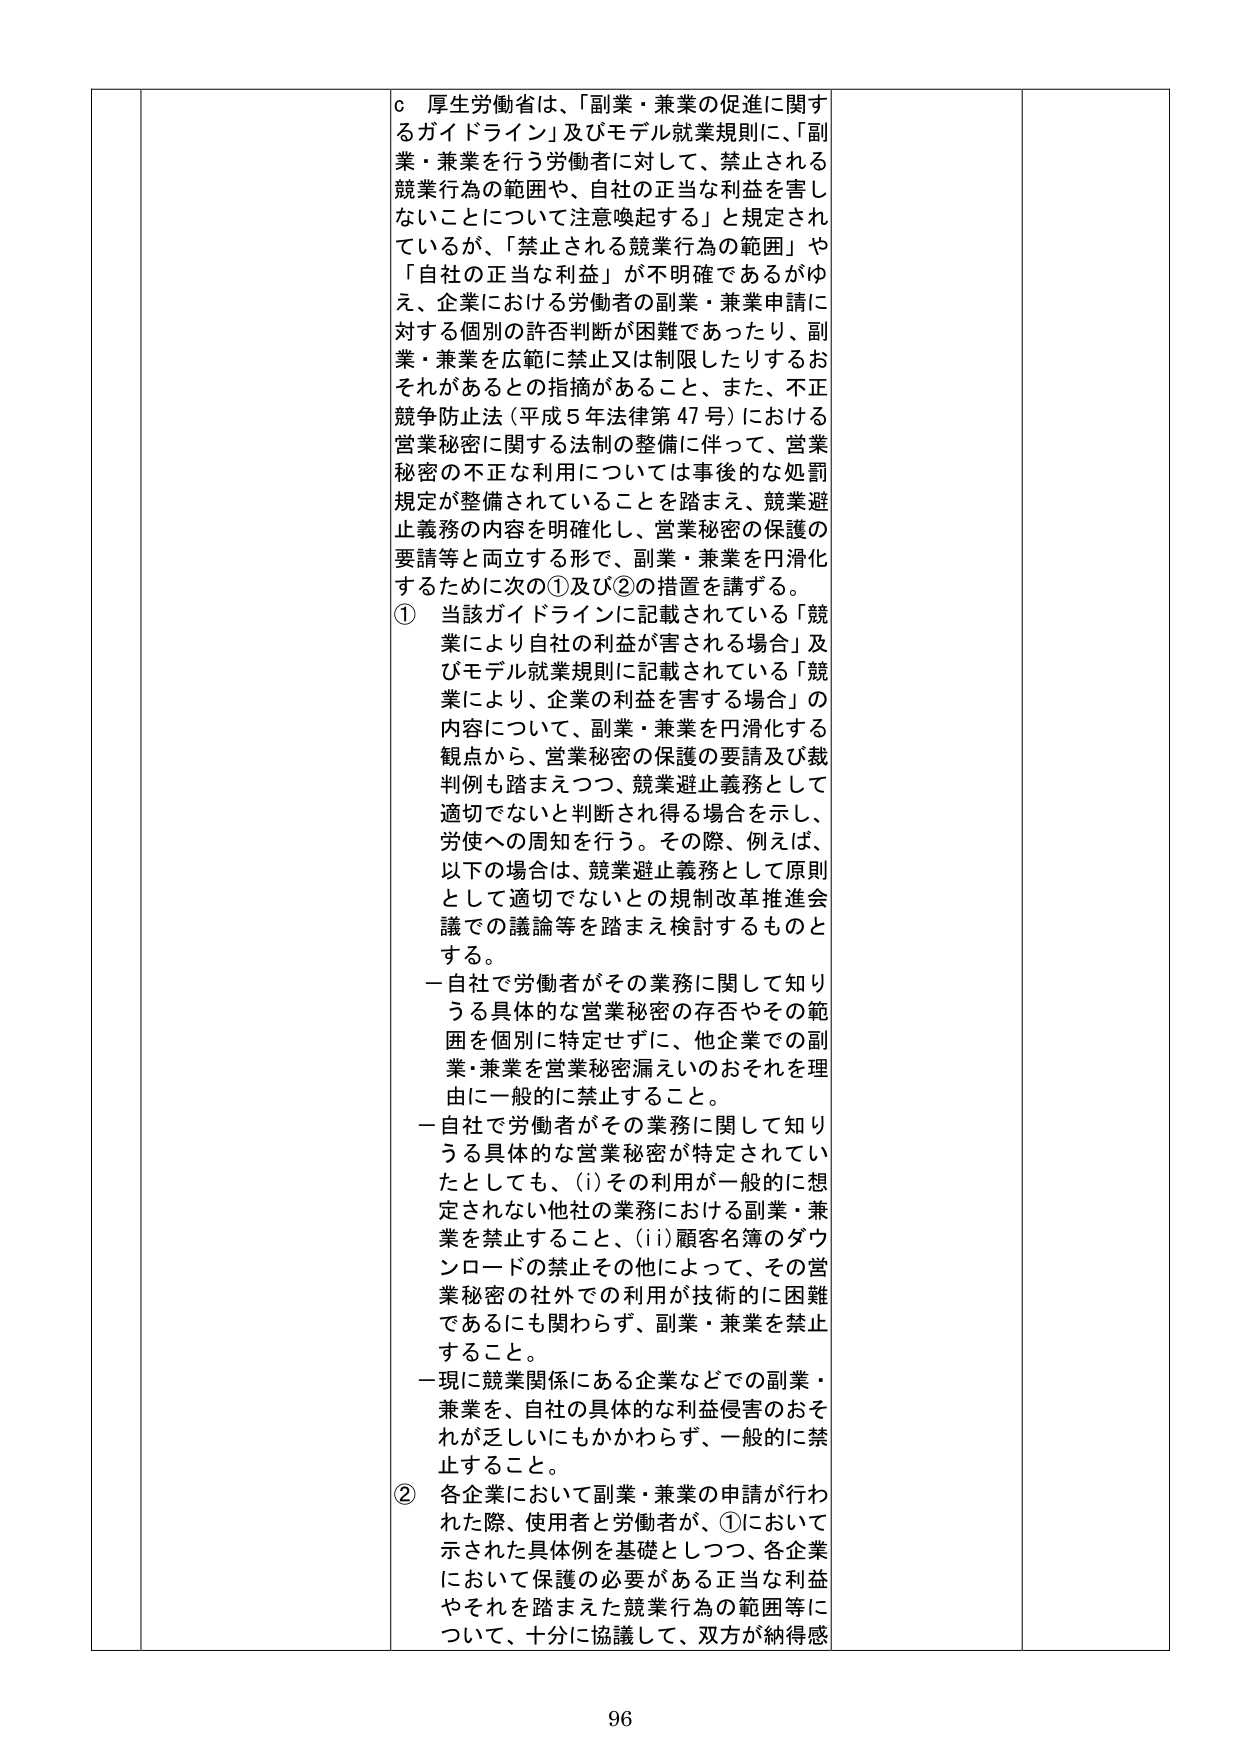
c 厚生労働省は、「副業・兼業の促進に関するガイドライン」及びモデル就業規則に、「副業・兼業を行う労働者に対して、禁止される競業行為の範囲や、自社の正当な利益を害しないことについて注意喚起する」と規定されているが、「禁止される競業行為の範囲」や「自社の正当な利益」が不明確であるがゆえ、企業における労働者の副業・兼業申請に対する個別の許否判断が困難であったり、副業・兼業を広範に禁止又は制限したりするおそれがあるとの指摘があること、また、不正競争防止法（平成５年法律第47号）における営業秘密に関する法制的整備に伴って、営業秘密の不正な利用については事後的な処罰規定が整備されていることを踏まえ、競業避止義務の内容を明確化し、営業秘密の保護の要請等と両立する形で、副業・兼業を円滑化するために次の①及び②の措置を講ずる。

① 当該ガイドラインに記載されている「競業により自社の利益が害される場合」及びモデル就業規則に記載されている「競業により、企業の利益を害する場合」の内容について、副業・兼業を円滑化する観点から、営業秘密の保護の要請及び裁判例も踏まえつつ、競業避止義務として適切でないと判断され得る場合を示し、労使への周知を行う。その際、例えば、以下の場合は、競業避止義務として原則として適切でないとの規制改革推進会議での議論等を踏まえ検討するものとする。

－自社で労働者がその業務に関して知りうる具体的な営業秘密の存否やその範囲を個別に特定せずに、他企業での副業・兼業を営業秘密漏えいのおそれを理由に一般的に禁止すること。

－自社で労働者がその業務に関して知りうる具体的な営業秘密が特定されていたとしても、(i)その利用が一般的に想定されない他社の業務における副業・兼業を禁止すること、(ii)顧客名簿のダウンロードの禁止その他によって、その営業秘密の社外での利用が技術的に困難であるにも関わらず、副業・兼業を禁止すること。

－現に競業関係にある企業などでの副業・兼業を、自社の具体的な利益侵害のおそれが乏しいにもかかわらず、一般的に禁止すること。

② 各企業において副業・兼業の申請が行われた際、使用者と労働者が、①において示された具体例を基礎としつつ、各企業において保護の必要がある正当な利益やそれを踏まえた競業行為の範囲等について、十分に協議して、双方が納得感

96